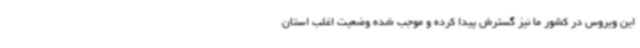
این ویروس در کشور ما نیز گسترش پیدا کرده و موجب شده وضعیت اغلب استان